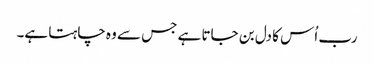
رب اُس کا دل بن جاتا ہے جس سے وہ چاہتا ہے۔